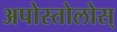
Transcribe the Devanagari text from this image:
अपोस्तोलोस्